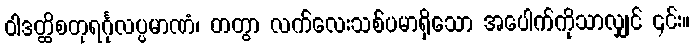
ဝါဒတ္ထိစတုရင်္ဂုလပ္ပမာဏံ၊ တတွာ လက်လေးသစ်ပမာရှိသော အပေါက်ကိုသာလျှင် ၎င်း။